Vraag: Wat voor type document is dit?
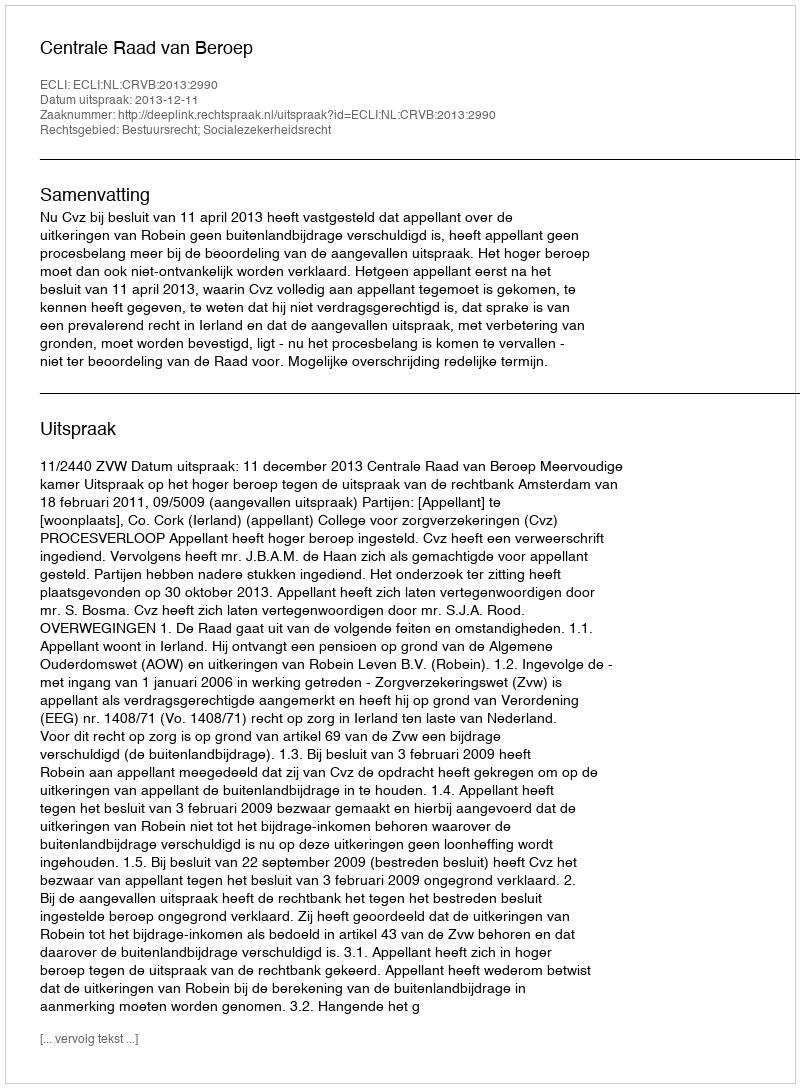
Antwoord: Uitspraak